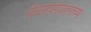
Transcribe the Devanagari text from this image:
पीटर्सबर्गशहराच्या